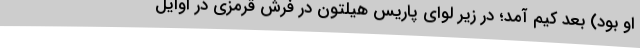
او بود) بعد کیم آمد؛ در زیر لوای پاریس هیلتون در فرش قرمزی در اوایل